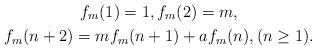
LaTeX: \begin{gather*}f_m(1)=1,f_m(2)=m,\\f_m(n+2)=mf_m(n+1)+af_m(n),(n\geq 1).\end{gather*}